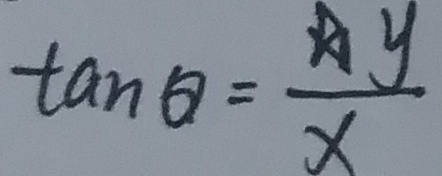
\tan \theta = \frac { A y } { x }